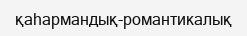
қаһармандық-романтикалық